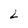
Character: 2